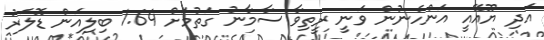
އަދި ޔޫއޭއީ އަންހެނުން ވަނީ ރީތިވާ ސާމާނު ގަތުމަށް 1.64 ބިލިއަން ޑޮލަރު